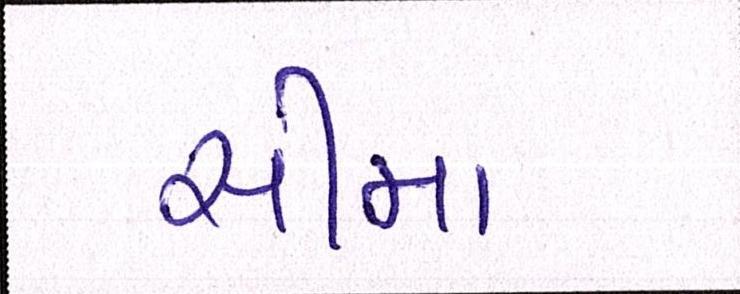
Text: સીમા